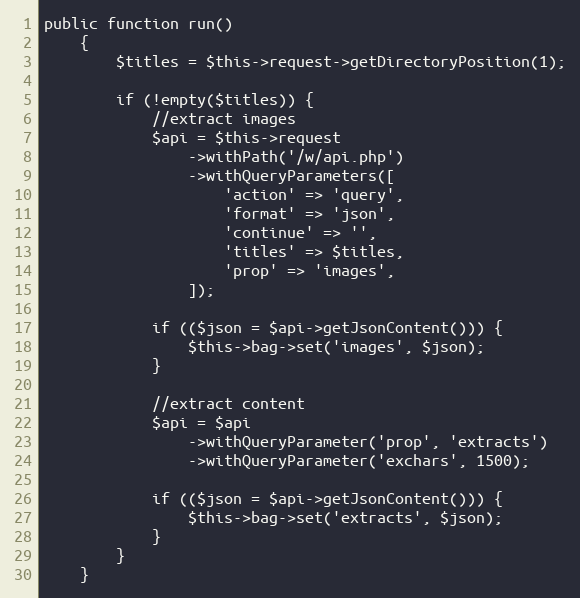
Language: PHP
public function run()
    {
        $titles = $this->request->getDirectoryPosition(1);

        if (!empty($titles)) {
            //extract images
            $api = $this->request
                ->withPath('/w/api.php')
                ->withQueryParameters([
                    'action' => 'query',
                    'format' => 'json',
                    'continue' => '',
                    'titles' => $titles,
                    'prop' => 'images',
                ]);

            if (($json = $api->getJsonContent())) {
                $this->bag->set('images', $json);
            }

            //extract content
            $api = $api
                ->withQueryParameter('prop', 'extracts')
                ->withQueryParameter('exchars', 1500);

            if (($json = $api->getJsonContent())) {
                $this->bag->set('extracts', $json);
            }
        }
    }